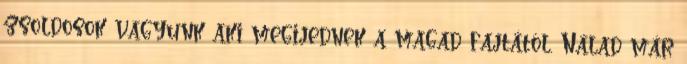
zsoldosok vagyunk aki megijednek a magad fajtától. Nálad már